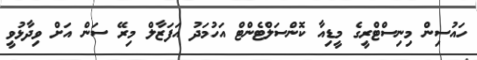
ހައުސިން މިނިސްޓްރީގެ މީޑިއާ ކޮންސަލްޓެންޓް އަހުމަދު އަފަޒާލް މިރޭ ސަން އަށް ވިދާޅުވީ